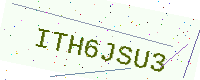
Text: ITH6JSU3